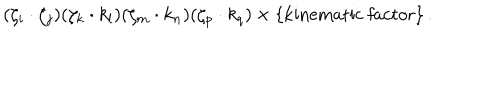
( \zeta _ { i } \cdot \zeta _ { j } ) ( \zeta _ { k } \cdot k _ { l } ) ( \zeta _ { m } \cdot k _ { n } ) ( \zeta _ { p } \cdot k _ { q } ) \times \{ \mathrm { k i n e m a t i c ~ f a c t o r } \} \, .